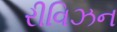
રીવિઝન